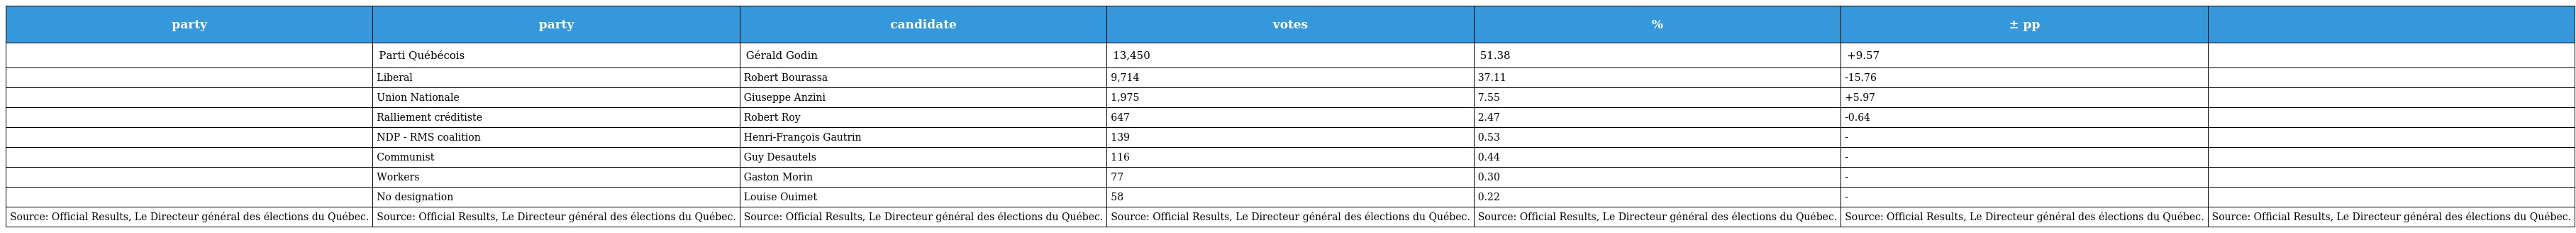
| party | party | candidate | votes | % | ± pp |  |
 | --- | --- | --- | --- | --- | --- | --- |
 |  | Parti Québécois | Gérald Godin | 13,450 | 51.38 | +9.57 |  |
 |  | Liberal | Robert Bourassa | 9,714 | 37.11 | -15.76 |  |
 |  | Union Nationale | Giuseppe Anzini | 1,975 | 7.55 | +5.97 |  |
 |  | Ralliement créditiste | Robert Roy | 647 | 2.47 | -0.64 |  |
 |  | NDP - RMS coalition | Henri-François Gautrin | 139 | 0.53 | - |  |
 |  | Communist | Guy Desautels | 116 | 0.44 | - |  |
 |  | Workers | Gaston Morin | 77 | 0.30 | - |  |
 |  | No designation | Louise Ouimet | 58 | 0.22 | - |  |
 | Source: Official Results, Le Directeur général des élections du Québec. | Source: Official Results, Le Directeur général des élections du Québec. | Source: Official Results, Le Directeur général des élections du Québec. | Source: Official Results, Le Directeur général des élections du Québec. | Source: Official Results, Le Directeur général des élections du Québec. | Source: Official Results, Le Directeur général des élections du Québec. | Source: Official Results, Le Directeur général des élections du Québec. |